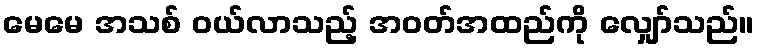
မေမေ အသစ် ဝယ်လာသည့် အဝတ်အထည်ကို လျှော်သည်။